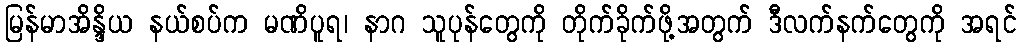
မြန်မာအိန္ဒိယ နယ်စပ်က မဏိပူရ၊ နာဂ သူပုန်တွေကို တိုက်ခိုက်ဖို့အတွက် ဒီလက်နက်တွေကို အရင်